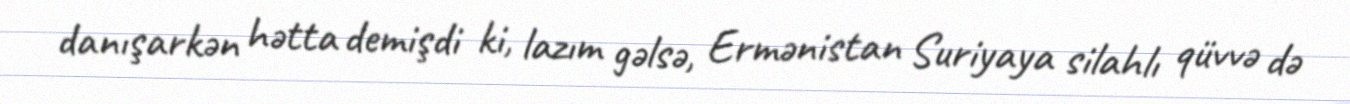
danışarkən hətta demişdi ki, lazım gəlsə, Ermənistan Suriyaya silahlı qüvvə də